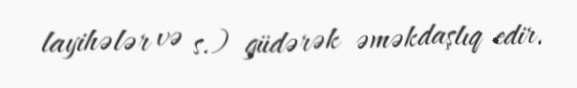
layihələr və s.) güdərək əməkdaşlıq edir.